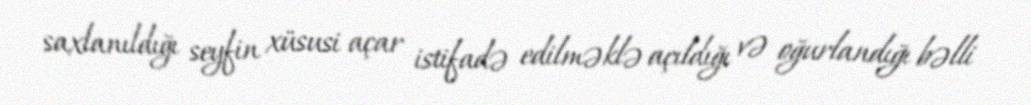
saxlanıldığı seyfin xüsusi açar istifadə edilməklə açıldığı və oğurlandığı bəlli